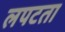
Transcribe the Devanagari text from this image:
लपटता